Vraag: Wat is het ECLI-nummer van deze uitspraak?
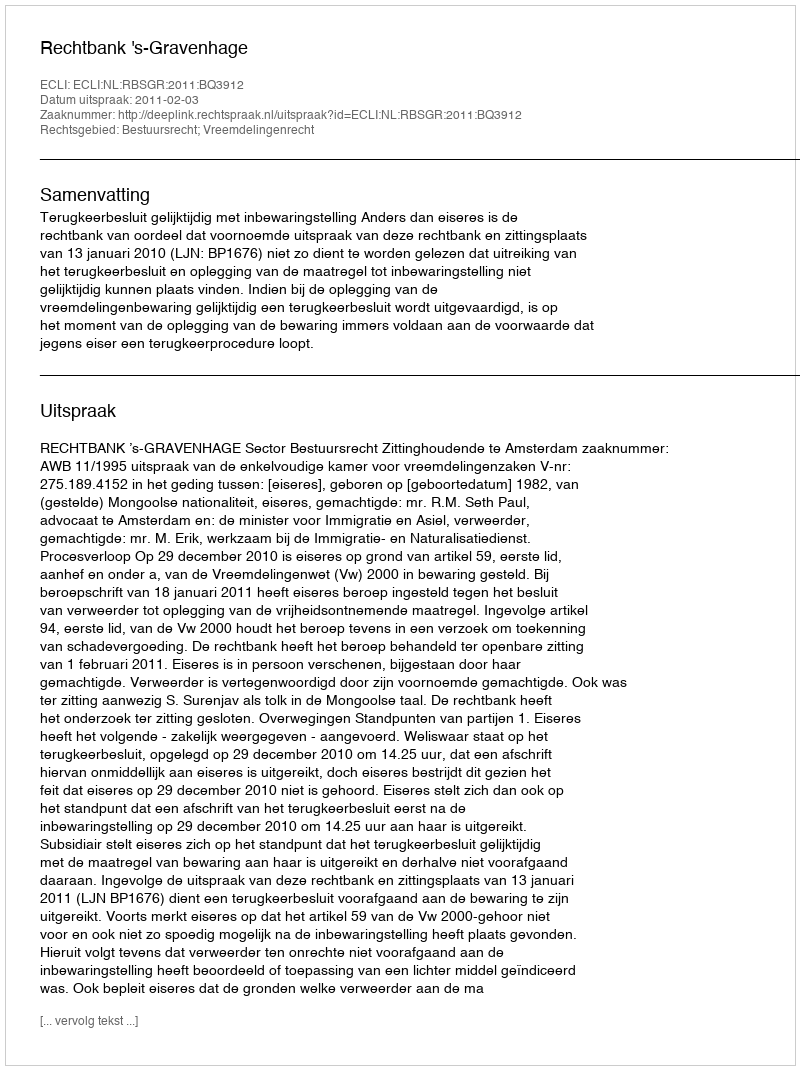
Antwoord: ECLI:NL:RBSGR:2011:BQ3912